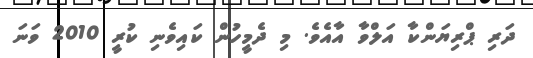
ދަރި ޕްރިޔަންކާ އަލްވާ އާއެވެ. މި ދެމީހުން ކައިވެނި ކުރީ 2010 ވަނަ